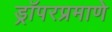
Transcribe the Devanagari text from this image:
ड्रॉपरप्रमाणे